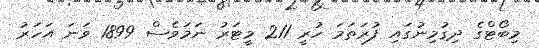
މިބޯޓްގެ ދިގުމިނުގައި ފުރަތަމަ ހުރީ 211 މީޓަރު ނަމަވެސް 1899 ވަނަ އަހަރު